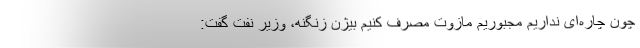
چون چاره‌ای نداریم مجبوریم مازوت مصرف کنیم بیژن زنگنه، وزیر نفت گفت: